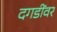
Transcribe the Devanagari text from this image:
दगडींवर